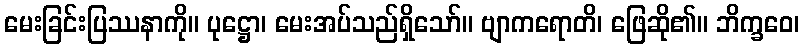
မေးခြင်းပြဿနာကို။ ပုဋ္ဌော၊ မေးအပ်သည်ရှိသော်။ ဗျာကရောတိ၊ ဖြေဆို၏။ ဘိက္ခဝေ၊